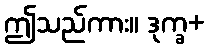
ဤသည်ကား။ ဒုက္ခ+